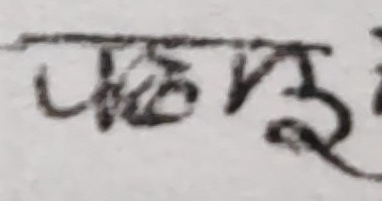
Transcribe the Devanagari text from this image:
पल्हूई